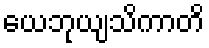
ယေဘုယျသိကာတိ